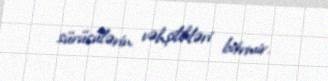
sürücülərin vəhşilikləri bitrmir.